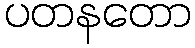
ပတနတော